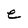
Character: e